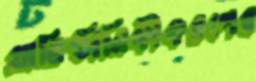
প্রাতিষ্ঠানিকীকরণের